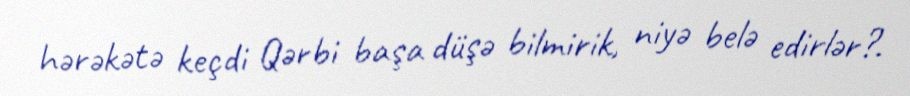
hərəkətə keçdi Qərbi başa düşə bilmirik, niyə belə edirlər?.